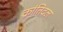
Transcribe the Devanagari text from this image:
क्रांतिदल